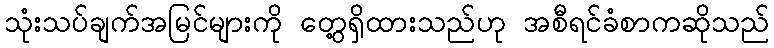
သုံးသပ်ချက်အမြင်များကို တွေ့ရှိထားသည်ဟု အစီရင်ခံစာကဆိုသည်